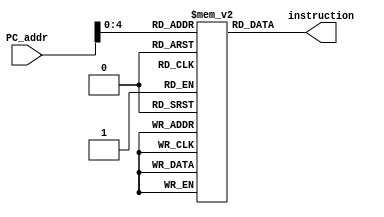
module inst_rom (PC_addr, instruction);
input [7:0] PC_addr;
output [31:0] instruction;


reg [31:0] rom_array [0:31];



initial
begin
  rom_array[0] = 32'h00000000;
  rom_array[1] = 32'h00010001;
  rom_array[2] = 32'h02000001;
  rom_array[3] = 32'h02010001;
  rom_array[4] = 32'h02000001;
  rom_array[5] = 32'h02010001;
  rom_array[6] = 32'h02000001;
  rom_array[7] = 32'h02010001;
  rom_array[8] = 32'h02000001;
  rom_array[9] = 32'h02010001;
  rom_array[10] = 32'h02000001;
  rom_array[11] = 32'h02010001;
  rom_array[12] = 32'h02000001;
  rom_array[13] = 32'h02010001;
  rom_array[14] = 32'h02000001;
  rom_array[15] = 32'h02010001;
  rom_array[16] = 32'h02000001;
  rom_array[17] = 32'h02010001;
  rom_array[18] = 32'h02000001;
  rom_array[19] = 32'h02010001;
  rom_array[20] = 32'h02000001;
  rom_array[21] = 32'h02010001;
  rom_array[22] = 32'h02000001;
  rom_array[23] = 32'h02010001;
  rom_array[24] = 32'h02000001;
  rom_array[25] = 32'h02010001;
  rom_array[26] = 32'h02000001;
  rom_array[27] = 32'h02010001;
  rom_array[28] = 32'h081C0001;
  rom_array[29] = 32'h00000000;
  rom_array[30] = 32'h00000000;
  rom_array[31] = 32'h00000000;
end

assign instruction = rom_array[PC_addr[4:0]];
endmodule